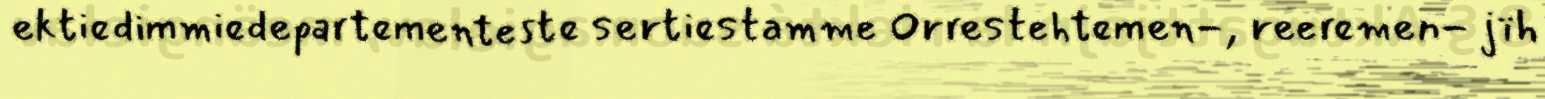
ektiedimmiedepartementeste sertiestamme Orrestehtemen-, reeremen- jïh